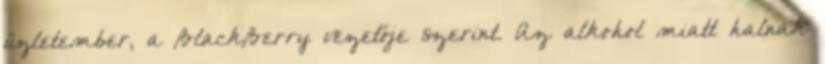
üzletember, a BlackBerry vezetője szerint. Az alkohol miatt halnak